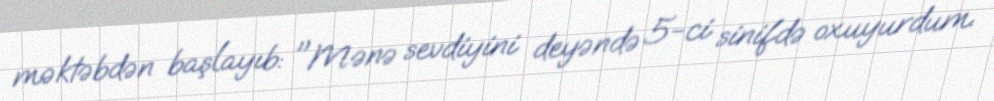
məktəbdən başlayıb: "Mənə sevdiyini deyəndə 5-ci sinifdə oxuyurdum.